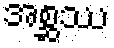
အစ္ဆဿ